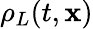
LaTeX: \rho_{L}(t,\textbf{x})